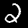
Digit: 2